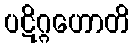
ပဋိဂ္ဂဟောတိ